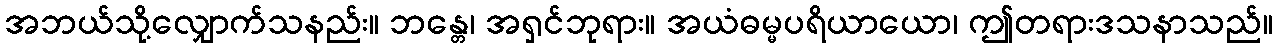
အဘယ်သို့လျှောက်သနည်း။ ဘန္တေ၊ အရှင်ဘုရား။ အယံဓမ္မပရိယာယော၊ ဤတရားဒသနာသည်။